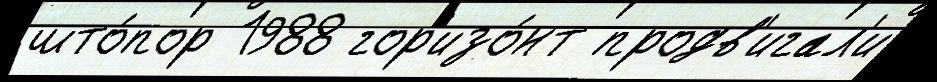
што́пор 1988 гор'изо́нт продв'игал'и